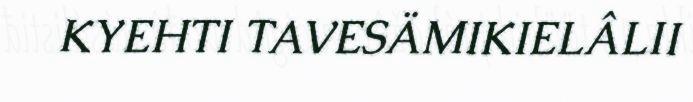
KYEHTI TAVESÄMIKIELÂLII